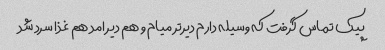
پیک تماس گرفت که وسیله دارم دیرتر میام و هم دیر امد هم غذا سرد شد